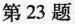
第23题